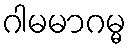
ဂါမမာဂမ္မ